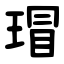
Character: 瑁